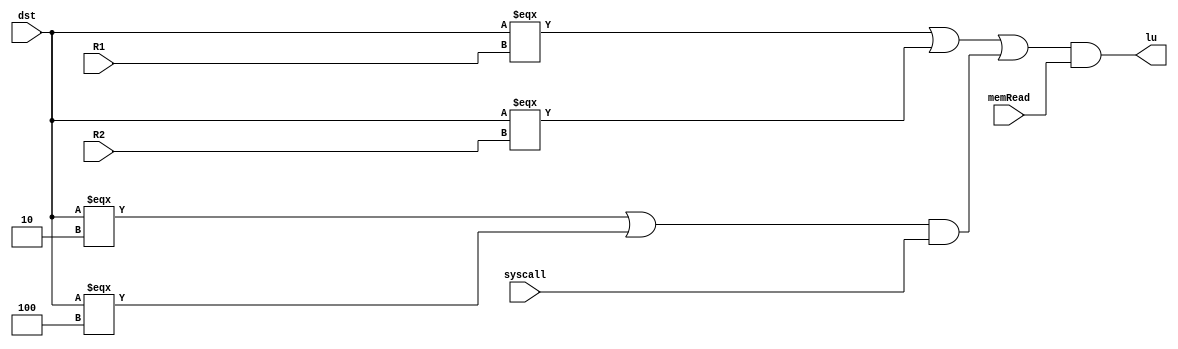
`timescale 1ns / 1ps
//////////////////////////////////////////////////////////////////////////////////
// Company: 
// Engineer: 
// 
// Design Name: 
// Module Name: load_use
// Project Name: 
// Target Devices: 
// Tool Versions: 
// Description: 
// 
// Dependencies: 
// 
// Revision:
// Revision 0.01 - File Created
// Additional Comments:
// 
//////////////////////////////////////////////////////////////////////////////////


module load_use(
    input [4:0] dst,
    input memRead,
    input [4:0] R1,
    input [4:0] R2,
    input syscall,
    output lu
    );
    assign lu = (dst === R1 | dst === R2 | ((dst === 5'd2 | dst === 5'd4) & syscall)) & memRead;
endmodule